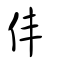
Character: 仹